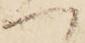
へ